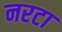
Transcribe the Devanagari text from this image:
नरटा